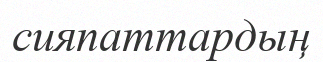
сияпаттардың